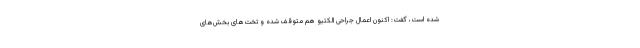
شده است، گفت: اکنون اعمال جراحی الکتیو هم متوقف شده و تخت‌های بخش‌های